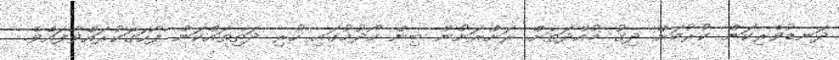
ދަނޑުވެރިކަން ކުރުމަށް ދިގު މުއްދަތަށް ރަށްރަށުން ބިން ހޯދުމުގައި ހުރި ދަތިތައްކަން ފާހަގަކުރައްވާފައެވެ.